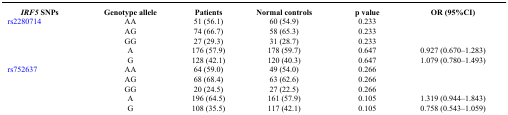
<table><thead><tr><td><b><i>IRF5</i> SNPs</b></td><td><b>Genotype allele</b></td><td><b>Patients</b></td><td><b>Normal controls</b></td><td><b>p value</b></td><td><b>OR (95%CI)</b></td></tr></thead><tbody><tr><td>rs2280714</td><td>AA</td><td>51 (56.1)</td><td>60 (54.9)</td><td>0.233</td><td></td></tr><tr><td> </td><td>AG</td><td>74 (66.7)</td><td>58 (65.3)</td><td>0.233</td><td></td></tr><tr><td> </td><td>GG</td><td>27 (29.3)</td><td>31 (28.7)</td><td>0.233</td><td></td></tr><tr><td> </td><td>A</td><td>176 (57.9)</td><td>178 (59.7)</td><td>0.647</td><td>0.927 (0.670–1.283)</td></tr><tr><td> </td><td>G</td><td>128 (42.1)</td><td>120 (40.3)</td><td>0.647</td><td>1.079 (0.780–1.493)</td></tr><tr><td>rs752637</td><td>AA</td><td>64 (59.0)</td><td>49 (54.0)</td><td>0.266</td><td></td></tr><tr><td> </td><td>AG</td><td>68 (68.4)</td><td>63 (62.6)</td><td>0.266</td><td></td></tr><tr><td> </td><td>GG</td><td>20 (24.5)</td><td>27 (22.5)</td><td>0.266</td><td></td></tr><tr><td> </td><td>A</td><td>196 (64.5)</td><td>161 (57.9)</td><td>0.105</td><td>1.319 (0.944–1.843)</td></tr><tr><td> </td><td>G</td><td>108 (35.5)</td><td>117 (42.1)</td><td>0.105</td><td>0.758 (0.543–1.059)</td></tr></tbody></table>